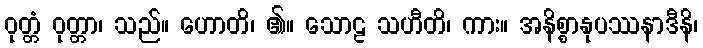
ဝုတ္တံ ဝုတ္တာ၊ သည်။ ဟောတိ၊ ၏။ သောဠ သဟီတိ၊ ကား။ အနိစ္စာနုပဿနာဒီနိ၊